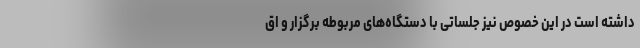
داشته است در این خصوص نیز جلساتی با دستگاه‌های مربوطه برگزار و اق